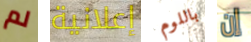
لم إعلانية باللوم إن